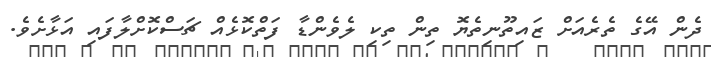
ދެން އޭގެ ތެރެއަށް ޒައިތޫނިތެޔޮ ތިން ތިކި ލެވެންޑާ ފަތްކޮޅެއް ޗަސްކޮށްލާފައި އަޅާށެވެ.